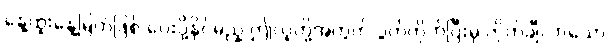
နေ့ထူးနေ့မြတ်ဖြစ် ပေးပို့နိုင်မည့် ဤလူတို့အတွက် ပွတ်တိုက်ပြီးမှ ကိုက်ချီလာသော